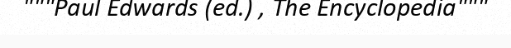
"""Paul Edwards (ed.) , The Encyclopedia"""